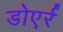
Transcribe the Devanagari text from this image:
डोएर्र